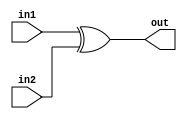
module xor_16(in1, in2, out);

   output [15:0] out;
   input [15:0] in1, in2;

   assign out = in1^in2;

endmodule